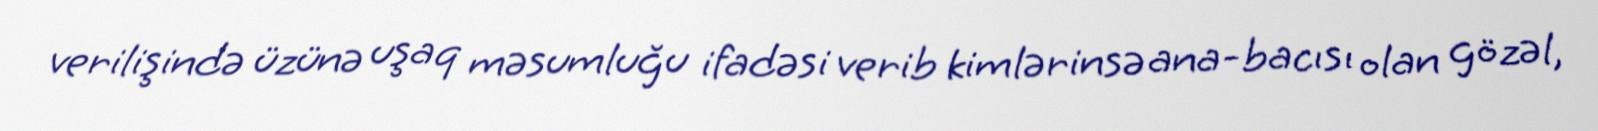
verilişində üzünə uşaq məsumluğu ifadəsi verib kimlərinsə ana-bacısı olan gözəl,